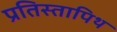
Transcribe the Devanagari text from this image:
प्रतिस्तापिथ